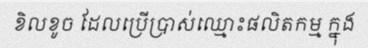
ខិលខូច ដែលប្រើប្រាស់ឈ្មោះផលិតកម្ម ក្នុង